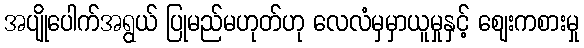
အပျိုပေါက်အရွယ် ပြုမည်မဟုတ်ဟု လေလံမှမှာယူမှုနှင့် ဈေးကစားမှု